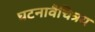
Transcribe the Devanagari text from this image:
घटनावैचित्रय